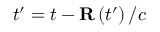
t ^ { \prime } = t - { \bf R } \left( t ^ { \prime } \right) / c